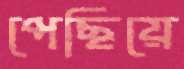
পেছিয়ে